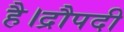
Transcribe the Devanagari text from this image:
है।द्रौपदी